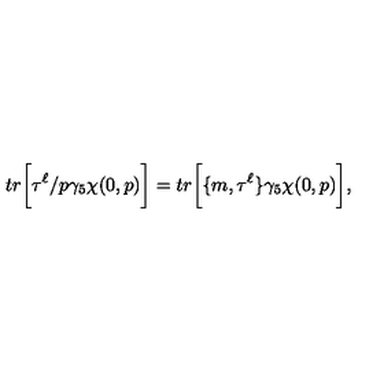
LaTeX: t r \bigg \lbrack \tau ^ { \ell } \slash p \gamma _ { 5 } \chi ( 0 , p ) \bigg \rbrack = t r \bigg \lbrack \lbrace m , \tau ^ { \ell } \rbrace \gamma _ { 5 } \chi ( 0 , p ) \bigg \rbrack ,